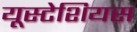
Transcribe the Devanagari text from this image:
यूस्टेशियस